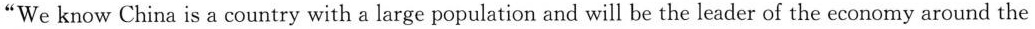
“We know China is a country with a large population and will be the leader of the economy around the